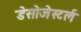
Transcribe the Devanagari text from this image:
डेसोजेस्टर्ल